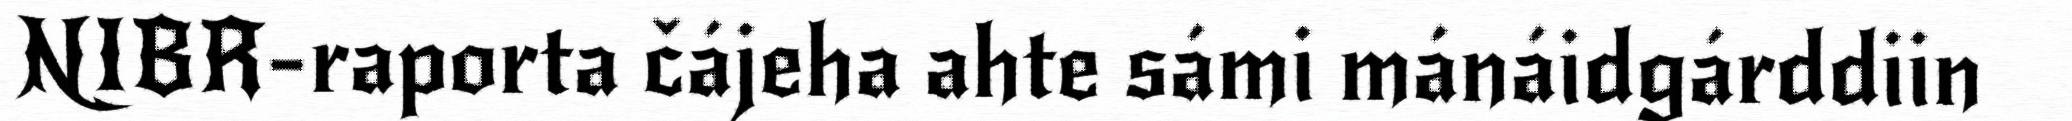
NIBR-raporta čájeha ahte sámi mánáidgárddiin